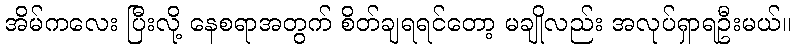
အိမ်ကလေး ပြီးလို့ နေစရာအတွက် စိတ်ချရရင်တော့ မချိုလည်း အလုပ်ရှာရဦးမယ်။